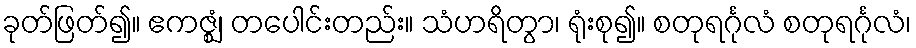
ခုတ်ဖြတ်၍။ ဧကဇ္ဈံ၊ တပေါင်းတည်း။ သံဟရိတွာ၊ ရုံးစု၍။ စတုရင်္ဂုလံ စတုရင်္ဂုလံ၊